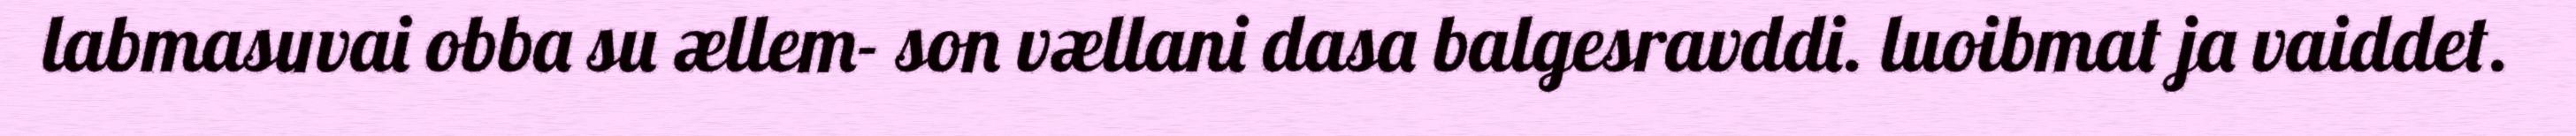
labmasuvai obba su ællem- son vællani dasa balgesravddi. luoibmat ja vaiddet.